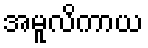
အမူလိကာယ